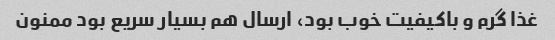
غذا گرم و باکیفیت خوب بود، ارسال هم بسیار سریع بود ممنون